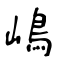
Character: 嶋